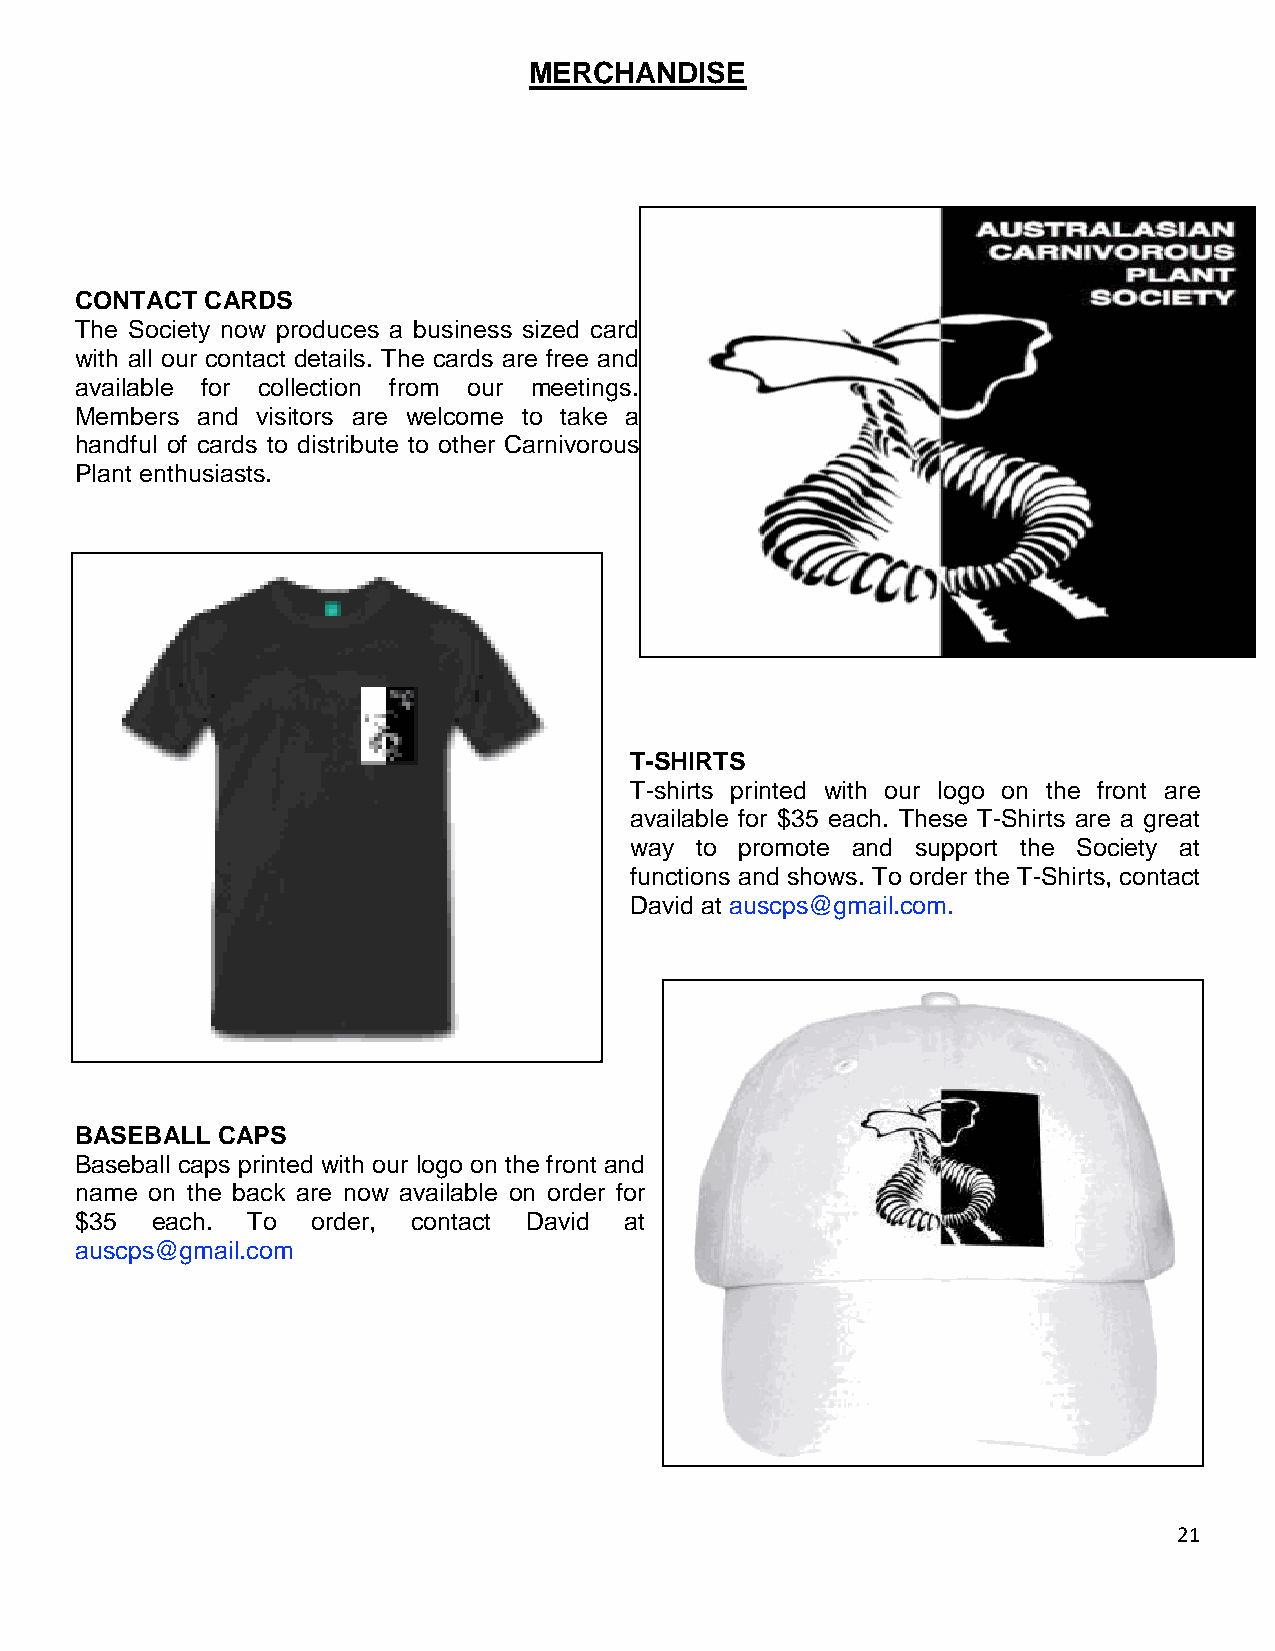
MERCHANDISE
 CONTACT  CARDS
 The Society now produces a business sized card
 with all our contact details. The cards are free and
 available for collection from our meetings.
 Members and visitors are welcome to take a
 handful of cards to distribute to other Carnivorous
 Plant enthusiasts.
 T-SHIRTS
 T-shirts printed with our logo on the front are
 available for $35 each. These T-Shirts are a great
 way to promote and support the Society at
 functions and shows. To order the T-Shirts, contact
 David at auscps@gmail.com.
 BASEBALL CAPS
 Baseball caps printed with our logo on the front and
 name on the back are now available on order for
 $35  each. To   order, contact David at
 auscps@gmail.com
 21